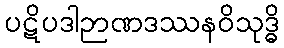
ပဋိပဒါဉာဏဒဿနဝိသုဒ္ဓိ